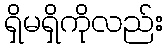
ရှိမရှိကိုလည်း